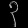
Digit: ၃